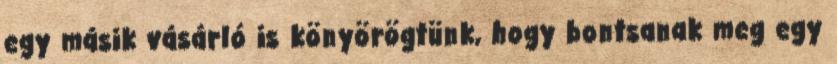
egy másik vásárló is könyörögtünk, hogy bontsanak meg egy